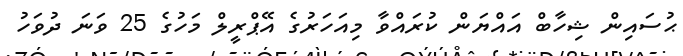
ޙުސައިން ޝިހާބް އައްޔަން ކުރައްވާ މިއަހަރުގެ އޭޕްރީލް މަހުގެ 25 ވަނަ ދުވަހު